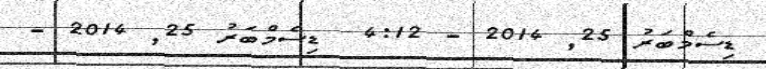
ޑިސެމްބަރު 25